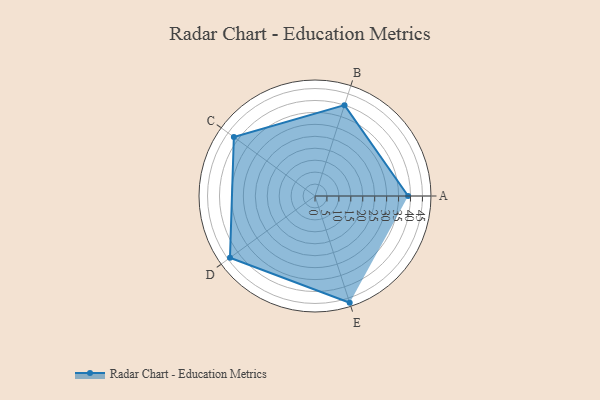
{"axis": {"x": "Skill", "y": "Score"}, "legend": ["Profile"], "data": [{"x": "A", "y": 39.0, "type": "Profile"}, {"x": "B", "y": 40.0, "type": "Profile"}, {"x": "C", "y": 42.0, "type": "Profile"}, {"x": "D", "y": 44.0, "type": "Profile"}, {"x": "E", "y": 47.0, "type": "Profile"}]}